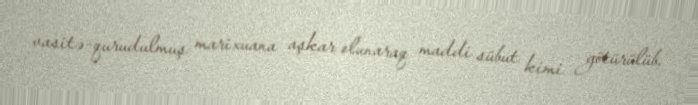
vasitə-qurudulmuş marixuana aşkar olunaraq maddi sübut kimi götürülüb.